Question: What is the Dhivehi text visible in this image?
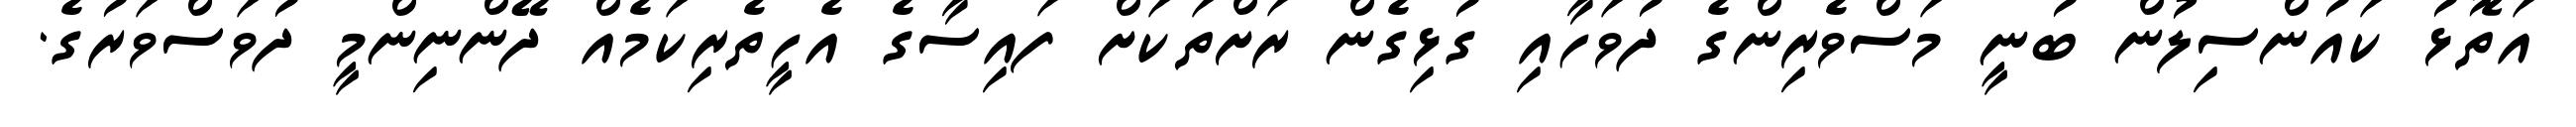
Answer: އަތޮޅު ކައުންސިލުން ބުނީ މަސްވެރިންގެ ދުވަހާއި ގުޅިގެން ރަށްތަކަށް ފައިސާގެ އެހީތެރިކަމެއް ދޭންނިންމީ ދުވަސްވަރުގެ.